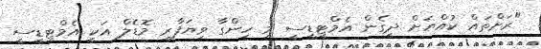
"ރަށްތައް ކުއްޔަށް ދީގެން އެމްޓީޑީސީ މި ހިންގާ ވިޔަފާރި މޮޑެލް އަކީ އެމްޓީޑީސީ